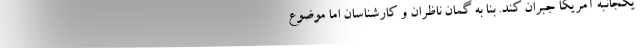
یکجانبه آمریکا جبران کند. بنا به گمان ناظران و کارشناسان اما موضوع